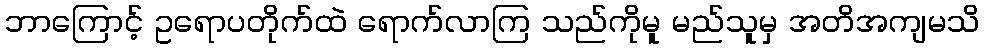
ဘာကြောင့် ဥရောပတိုက်ထဲ ရောက်လာကြ သည်ကိုမူ မည်သူမှ အတိအကျမသိ